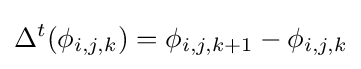
\Delta ^{t}(\phi _{i,j,k})=\phi _{i,j,k+1}-\phi _{i,j,k}